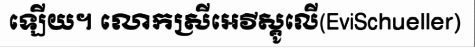
ឡើយ។ លោកស្រីអេវីស្គូលើ(EviSchueller)